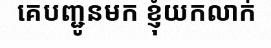
គេបញ្ជូនមក ខ្ញុំយកលាក់